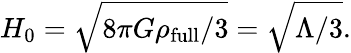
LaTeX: H_{0}={\sqrt{8\pi G\rho_{\mathrm{full}}/3}}={\sqrt{\Lambda/3}}.